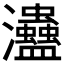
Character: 𤅱